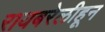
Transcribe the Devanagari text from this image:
रायबरेलीहून